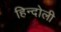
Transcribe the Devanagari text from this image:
हिन्दोली